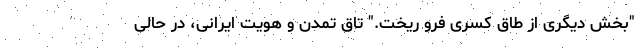
"بخش دیگری از طاق کسری فرو ریخت." تاق تمدن و هویت ایرانی، در حالی